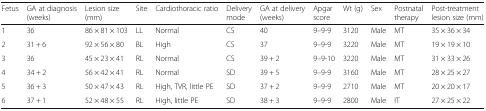
<table><thead><tr><td><b>Fetus</b></td><td><b>GA at diagnosis(weeks)</b></td><td><b>Lesion size(mm)</b></td><td><b>Site</b></td><td><b>Cardiothoracic ratio</b></td><td><b>Deliverymode</b></td><td><b>GA at delivery(weeks)</b></td><td><b>Apgar score</b></td><td><b>Wt (g)</b></td><td><b>Sex</b></td><td><b>Postnatal therapy</b></td><td><b>Post-treatment lesion size (mm)</b></td></tr></thead><tbody><tr><td>1</td><td>36</td><td>86 × 81 × 103</td><td>LL</td><td>Normal</td><td>CS</td><td>40</td><td>9–9-9</td><td>3120</td><td>Male</td><td>MT</td><td>35 × 36 × 34</td></tr><tr><td>2</td><td>31 + 6</td><td>92 × 56 × 80</td><td>BL</td><td>High</td><td>CS</td><td>37</td><td>9–9-9</td><td>3220</td><td>Male</td><td>MT</td><td>19 × 19 × 10</td></tr><tr><td>3</td><td>36</td><td>45 × 23 × 41</td><td>RL</td><td>Normal</td><td>CS</td><td>39 + 2</td><td>9–9-10</td><td>3220</td><td>Male</td><td>MT</td><td>31 × 33 × 26</td></tr><tr><td>4</td><td>34 + 2</td><td>56 × 42 × 41</td><td>RL</td><td>Normal</td><td>SD</td><td>39 + 5</td><td>9–9-9</td><td>3160</td><td>Male</td><td>MT</td><td>28 × 25 × 27</td></tr><tr><td>5</td><td>36 + 3</td><td>50 × 47 × 43</td><td>RL</td><td>High, TVR, little PE</td><td>SD</td><td>37 + 2</td><td>9–9-9</td><td>2710</td><td>Male</td><td>MT</td><td>20 × 20 × 17</td></tr><tr><td>6</td><td>37 + 1</td><td>52 × 48 × 55</td><td>RL</td><td>High, little PE</td><td>SD</td><td>38 + 3</td><td>9–9-9</td><td>2800</td><td>Male</td><td>IT</td><td>27 × 25 × 22</td></tr></tbody></table>